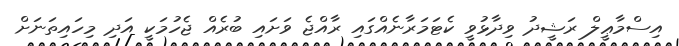
އިސްމާޢީލް ރަޝީދު ވިދާޅުވީ ކެޓަމަރާނެއްގައި ރާއްޖެ ވަށައި ބުރެއް ޖެހުމަކީ އަދި މިހައިތަނަށް